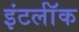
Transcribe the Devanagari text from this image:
इंटर्लॉक